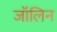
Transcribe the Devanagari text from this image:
जॉलिन